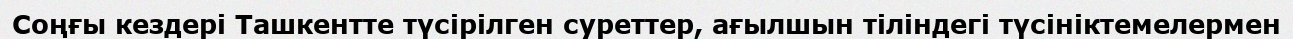
Соңғы кездері Ташкентте түсірілген суреттер, ағылшын тіліндегі түсініктемелермен